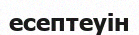
есептеуін